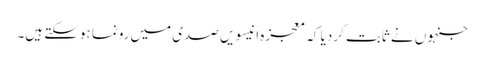
جنہوں نے ثابت کردیا کہ معجزہ انیسویں صدی میں رونما ہوسکتے ہیں۔